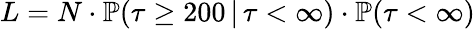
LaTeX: L=N\cdot\mathbb{P}(\tau\geq 200\, |\, \tau<\infty)\cdot\mathbb{P}(\tau<\infty)